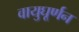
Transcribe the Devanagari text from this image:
वायुघूर्णन